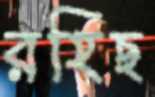
রহিছ